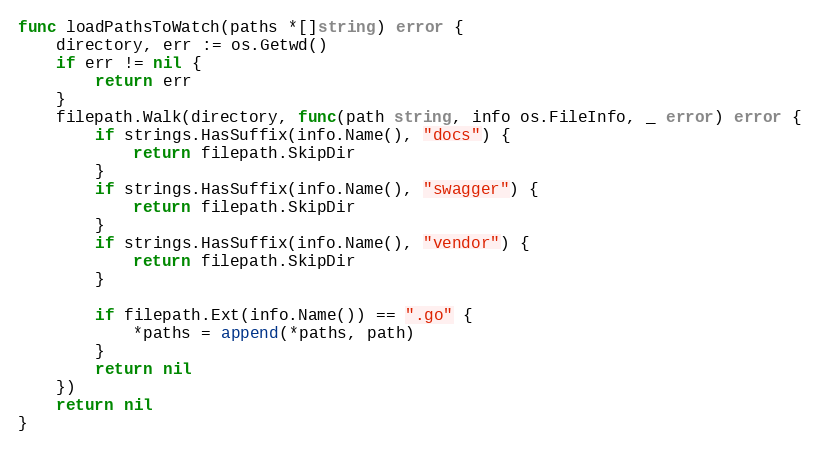
Language: Go
func loadPathsToWatch(paths *[]string) error {
	directory, err := os.Getwd()
	if err != nil {
		return err
	}
	filepath.Walk(directory, func(path string, info os.FileInfo, _ error) error {
		if strings.HasSuffix(info.Name(), "docs") {
			return filepath.SkipDir
		}
		if strings.HasSuffix(info.Name(), "swagger") {
			return filepath.SkipDir
		}
		if strings.HasSuffix(info.Name(), "vendor") {
			return filepath.SkipDir
		}

		if filepath.Ext(info.Name()) == ".go" {
			*paths = append(*paths, path)
		}
		return nil
	})
	return nil
}